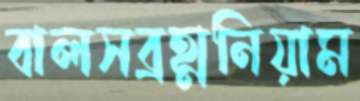
বালসব্রহ্মনিয়াম